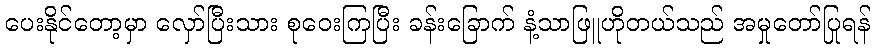
ပေးနိုင်တော့မှာ လှော်ပြီးသား စုဝေးကြပြီး ခန်းခြောက် နံ့သာဖြူဟိုတယ်သည် အမှုတော်ပြုရန်